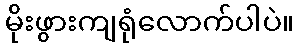
မိုးဖွားကျရုံလောက်ပါပဲ။